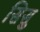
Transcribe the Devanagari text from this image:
सिसु